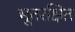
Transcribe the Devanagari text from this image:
भूतरक्षित